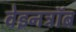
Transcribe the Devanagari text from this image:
वेइनट्रॉब